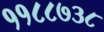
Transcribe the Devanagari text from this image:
११८८७३८